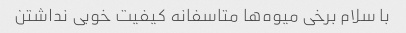
با سلام برخی میوه‌ها متاسفانه کیفیت خوبی نداشتن